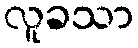
လူခသာ